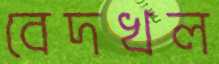
বেদখল